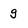
Character: g